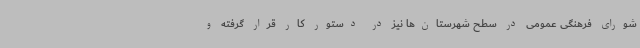
شورای فرهنگی عمومی در سطح شهرستان‌ها نیز در دستور کار قرار گرفته و